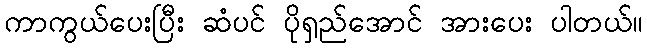
ကာကွယ်ပေးပြီး ဆံပင် ပိုရှည်အောင် အားပေး ပါတယ်။